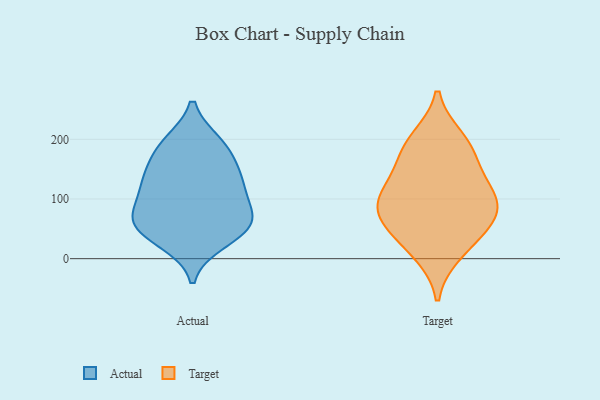
{"axis": {"x": "Net Income (USD K)", "y": "Value"}, "legend": ["Actual", "Target"], "data": [{"x": "", "y": 66, "type": "Actual"}, {"x": "", "y": 141, "type": "Actual"}, {"x": "", "y": 29, "type": "Actual"}, {"x": "", "y": 178, "type": "Actual"}, {"x": "", "y": 67, "type": "Actual"}, {"x": "", "y": 51, "type": "Actual"}, {"x": "", "y": 193, "type": "Actual"}, {"x": "", "y": 42, "type": "Actual"}, {"x": "", "y": 127, "type": "Actual"}, {"x": "", "y": 65, "type": "Actual"}, {"x": "", "y": 120, "type": "Actual"}, {"x": "", "y": 130, "type": "Actual"}, {"x": "", "y": 191, "type": "Actual"}, {"x": "", "y": 86, "type": "Actual"}, {"x": "", "y": 102, "type": "Target"}, {"x": "", "y": 10, "type": "Target"}, {"x": "", "y": 186, "type": "Target"}, {"x": "", "y": 76, "type": "Target"}, {"x": "", "y": 114, "type": "Target"}, {"x": "", "y": 34, "type": "Target"}, {"x": "", "y": 120, "type": "Target"}, {"x": "", "y": 200, "type": "Target"}, {"x": "", "y": 71, "type": "Target"}, {"x": "", "y": 68, "type": "Target"}, {"x": "", "y": 167, "type": "Target"}]}